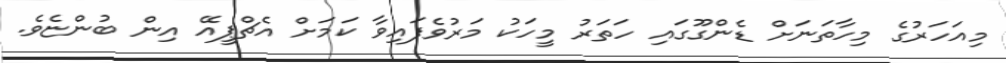
މިއަހަރުގެ މިހާތަނަށް ޑެންގޫގައި ހަތަރު މީހަކު މަރުވެފައިވާ ކަމަށް އެޗްޕީއޭ އިން ބުންޏެވެ.